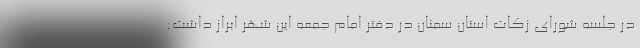
در جلسه شورای زکات استان سمنان در دفتر امام جمعه این شهر ابراز داشت: